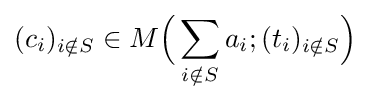
(c_{i})_{i\notin S}\in M{\Big (}\sum _{i\notin S}a_{i};(t_{i})_{i\notin S}{\Big )}